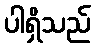
ပါရှိသည်